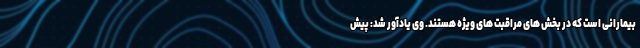
بیمارانی است که در بخش های مراقبت های ویژه هستند. وی یادآور شد: پیش